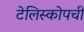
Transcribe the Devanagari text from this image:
टेलिस्कोपची